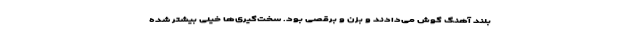
بلند آهنگ گوش می‌دادند و بزن و برقصی بود. سخت‌گیری‌ها خیلی بیشتر شده